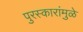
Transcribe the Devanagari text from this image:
पुरस्कारांमुळे